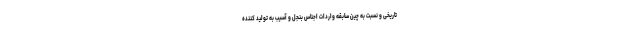
تاریخی و نسبت به چین سابقه واردات اجناس بنجل و آسیب به تولید کننده